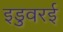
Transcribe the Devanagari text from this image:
इडुवरई